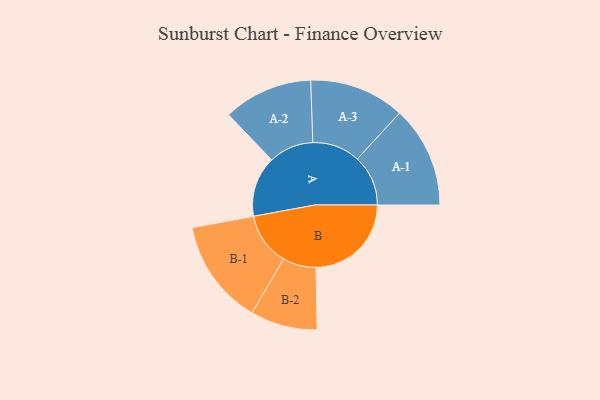
{"axis": {"x": "Segment", "y": "Value"}, "legend": ["", "A", "B"], "data": [{"x": "A", "y": 301, "type": ""}, {"x": "B", "y": 473, "type": ""}, {"x": "A-1", "y": 252, "type": "A"}, {"x": "A-2", "y": 222, "type": "A"}, {"x": "A-3", "y": 237, "type": "A"}, {"x": "B-1", "y": 262, "type": "B"}, {"x": "B-2", "y": 166, "type": "B"}]}